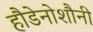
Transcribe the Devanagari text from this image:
हौडेनोशौनी